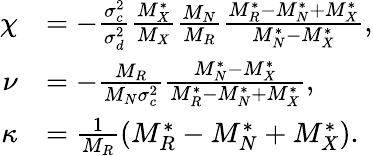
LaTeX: \begin{array}{rl}{\chi}&{=-\frac{\sigma_{c}^{2}}{\sigma_{d}^{2}}\frac{M_{X}^{*}}{M_{X}}\frac{M_{N}}{M_{R}}\frac{M_{R}^{*}-M_{N}^{*}+M_{X}^{*}}{M_{N}^{*}-M_{X}^{*}},}\\ {\nu}&{=-\frac{M_{R}}{M_{N}\sigma_{c}^{2}}\frac{M_{N}^{*}-M_{X}^{*}}{M_{R}^{*}-M_{N}^{*}+M_{X}^{*}},}\\ {\kappa}&{=\frac{1}{M_{R}}(M_{R}^{*}-M_{N}^{*}+M_{X}^{*}).}\end{array}